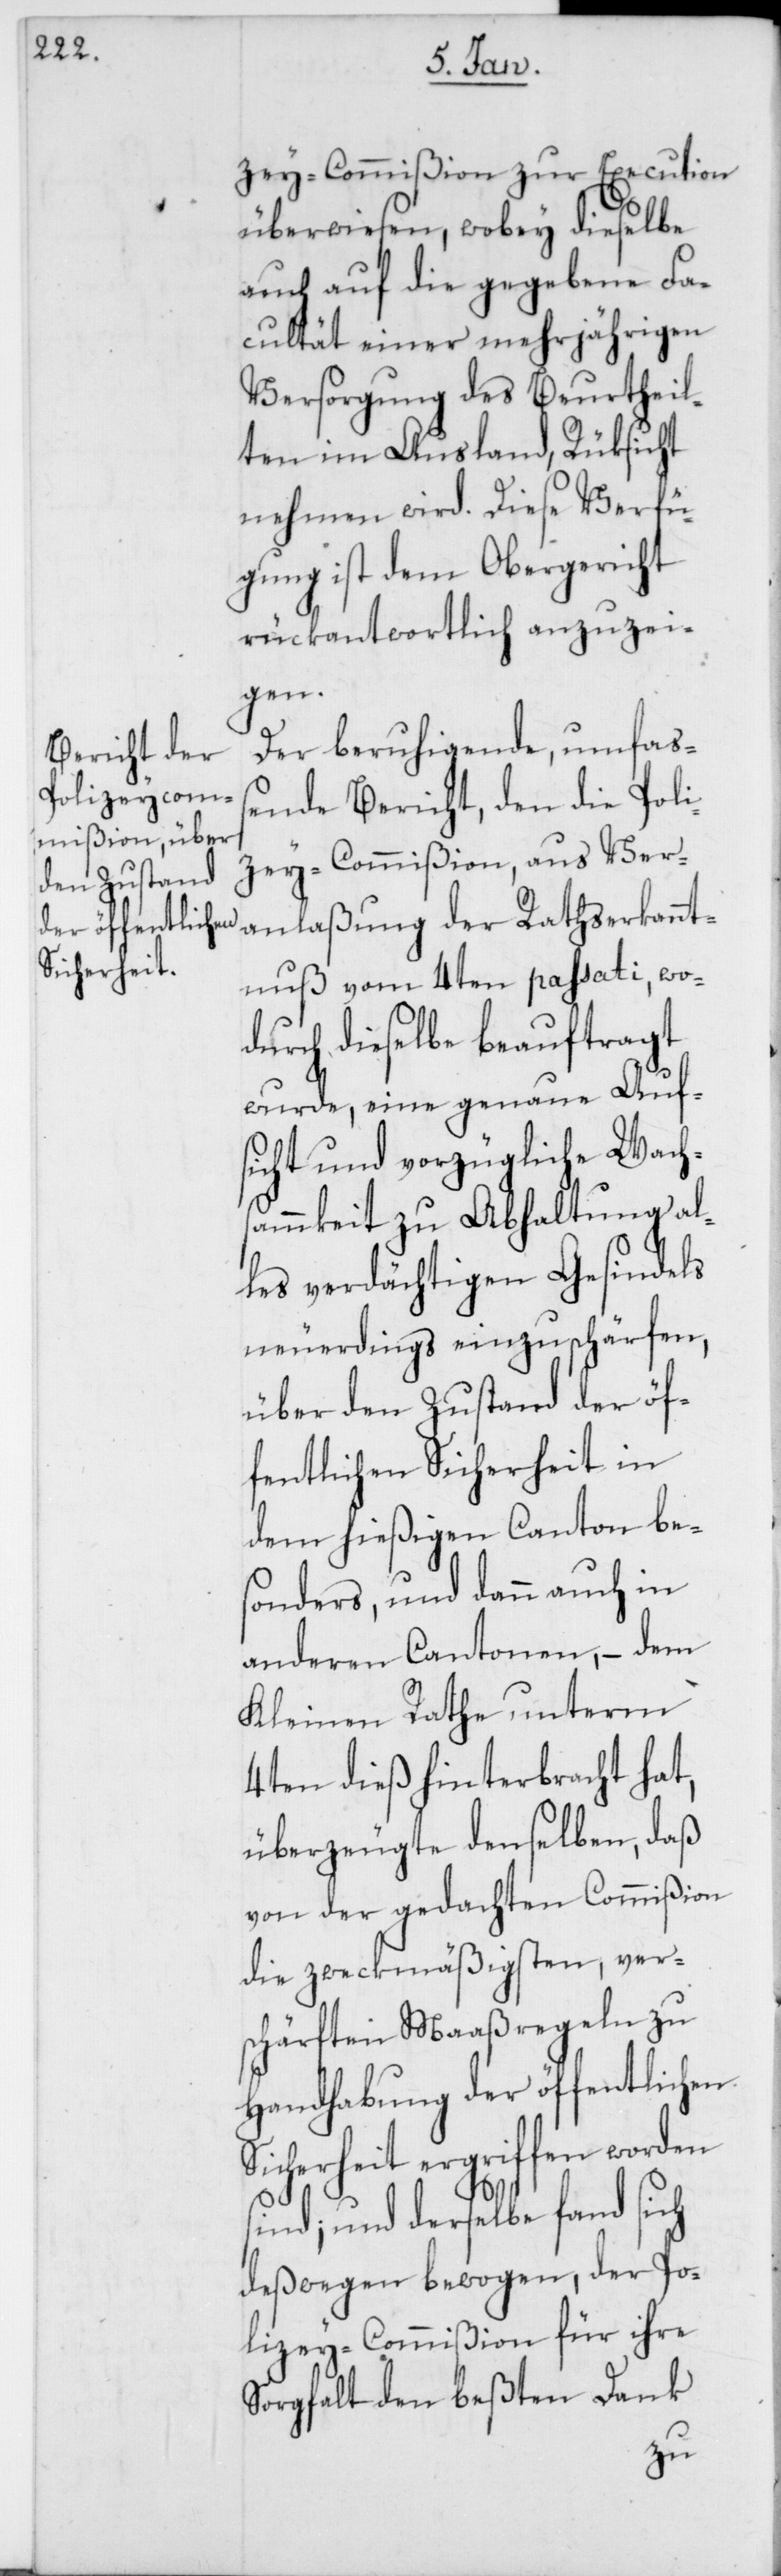
Sicherheit

zey-Commißion zur Execution
überwiesen, wobey dieselbe
auch auf die gegebene Fa¬
cultät einer mehrjährigen
Versorgung des Beurtheil¬
ten im Ausland, Rüksicht
nehmen wird. Diese Verfü¬
gung ist dem Obergericht
rückantwortlich anzuzei¬
gen.
Der beruhigende, umfas¬
sende Bericht, den die Poli¬
zey-Commißion, aus Ver¬
anlaßung der Rathserkannt¬
nuß vom 4ten passati, wo¬
durch dieselbe beauftragt
wurde, eine genaue Auf¬
sicht und vorzügliche Wach¬
sammkeit zu Abhaltung al¬
les verdächtigen Gesindels
neuerdings einzuschärfen,
über den Zustand der öf¬
fentlichen Sicherheit in
dem hießigen Canton bes¬
onders, und dann auch in
anderen Cantonen, – dem
Kleinen Rathe unterm
4ten dieß hinterbracht hat,
überzeugte denselben, daß
von der gedachten Commißion
die zweckmäßigsten, ver¬
schärften Maaßregeln zu
Handhabung der öffentlichen
ergriffen worden
sind; und derselbe fand sich
deßwegen bewogen, der Po¬
lizey-Commißion für ihre
Sorgfalt den beßten Dank